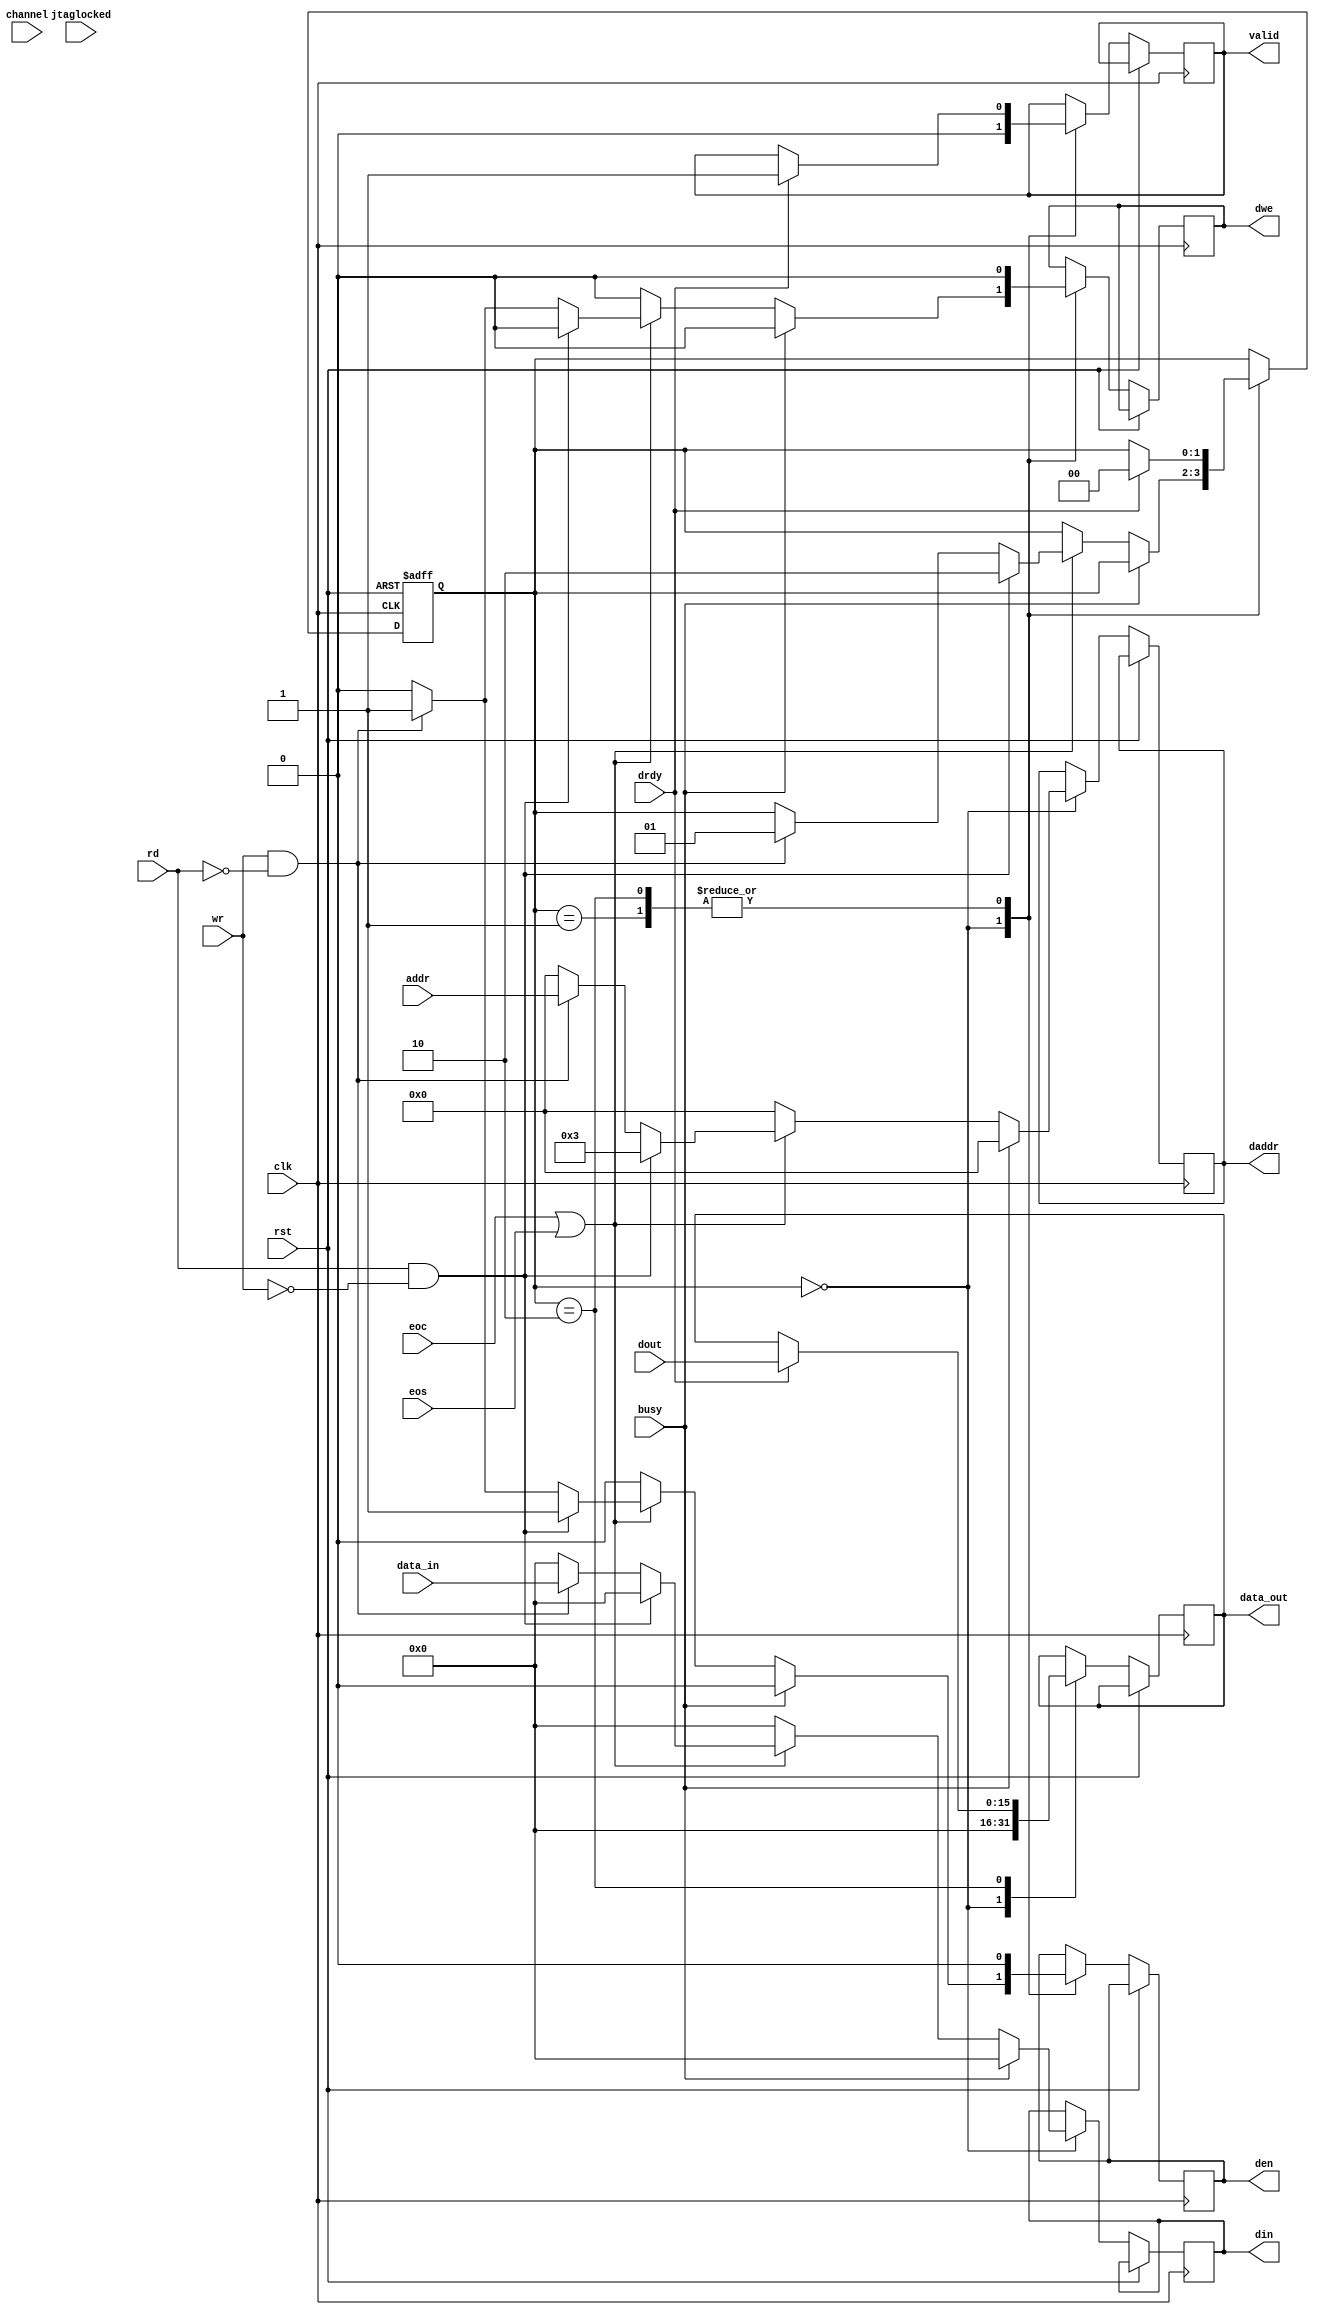
module fsm_ADC
(
	// User Interface
	input 			       clk,
	input 			       rst,
	input 			       rd,
	input 			       wr,
	input	       [6:0]   addr,
	input          [15:0]  data_in,
	output	reg    [15:0]  data_out,
	output	reg		       valid,
	// XADC ports
    input                  jtaglocked,
	input 			       busy,
	input 			       drdy,
	input 			       eoc,
	input                  eos,
	input          [4:0]   channel,
	input          [15:0]  dout,
	output 	reg            dwe,
	output 	reg            den,
	output 	reg    [6:0]   daddr,
	output 	reg    [15:0]  din
);

parameter [1:0]
	IDLE 	= 2'b00,
	WRITE 	= 2'b01,
	READ 	= 2'b10;

reg [1:0] state;

initial begin
	state <= IDLE;
	din <= 16'h0000;
	daddr <= 7'h00;
	den <= 1'b0;
	dwe <= 1'b0;
	valid <= 1'b0;
	data_out <= 16'h0000;
end

always@(posedge clk or posedge rst) begin
	if(rst)
		state <= IDLE;
		
	else begin
		case(state)
			IDLE: begin
				din <= 16'h0000;
				daddr <= 7'h00;
				den <= 1'b0;
				dwe <= 1'b0;
				valid <= 1'b0;
				data_out <= 16'h0000;
				if(!busy) begin
					if(eoc || eos) begin
						if(rd && !wr) begin
							den <= 1'b1;
							dwe <= 1'b0;
							daddr <= 7'h03;
							state <= READ;
						end
						else if(wr && !rd) begin
							den <= 1'b1;
							dwe <= 1'b1;
							din <= data_in;
							daddr <= addr;
							state <= WRITE;
						end
					end
				end
			end
			
			WRITE: begin
				den <= 1'b0;
				dwe <= 1'b0;
				if(drdy) begin
					valid <= 1'b1;
					state <= IDLE;
				end
			end
			
			READ: begin
				den <= 1'b0;
				dwe <= 1'b0;
				if(drdy) begin
					data_out <= dout;
					valid <= 1'b1;
					state <= IDLE;
				end
			end
		endcase
	end
end

endmodule